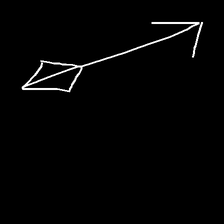
Glyph: focus